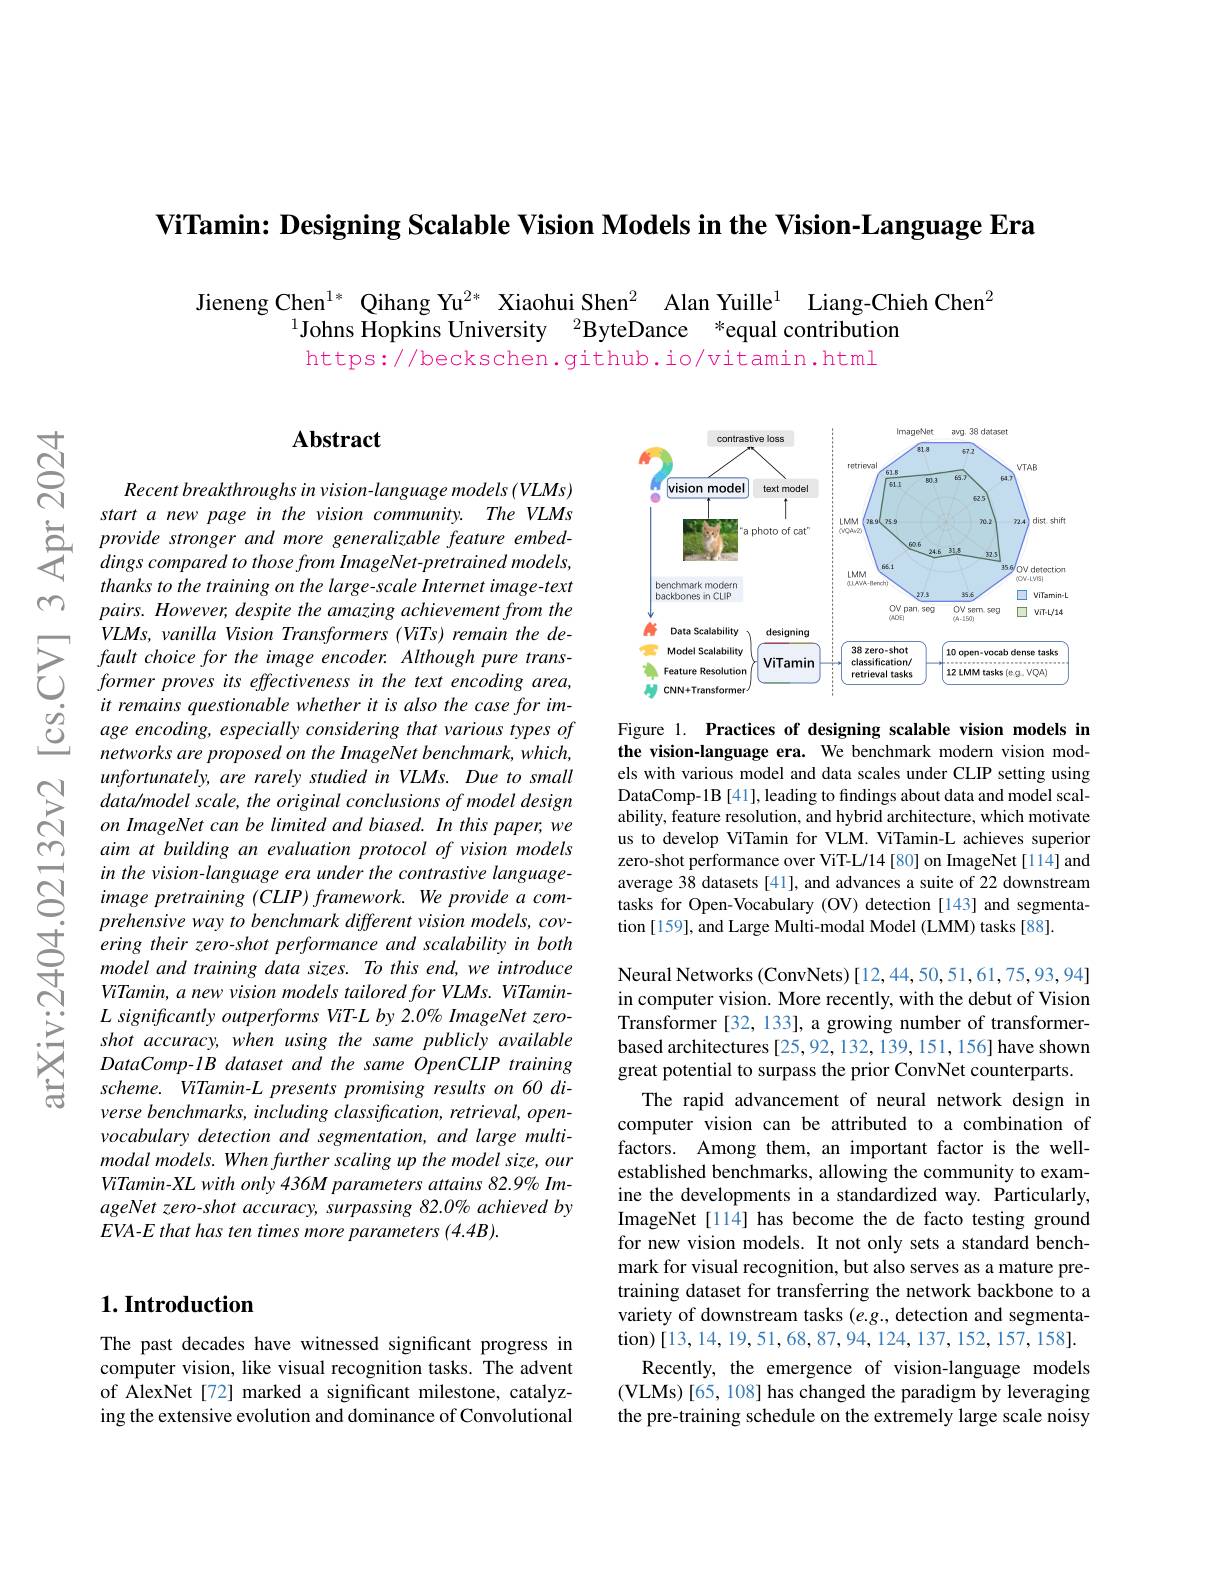
ViTamin: Designing Scalable Vision Models in the Vision-Language Era

$ন্র$

m

Jieneng Chen$^{1*}$ Qihang Yu$^{2*}$ Xiaohui Shen$^2$ Alan Yuille$^1$ Liang-Chieh Chen$^2$
$^{1}$Johns Hopkins University$\:^2$ByteDance$\:^*$equal contribution
https://beckschen.github.io/vitamin.html

## Abstract

<FigureHere>

Figure 1. Practices of designing scalable vision models in the vision-language era. We benchmark modern vision models with various model and data scales under CLIP setting using DataComp-1B [41], leading to findings about data and model scalability, feature resolution, and hybrid architecture, which motivate us to develop ViTamin for VLM. ViTamin-L achieves superior zero-shot performance over ViT-L/14 [80] on ImageNet[114] and average 38 datasets [41], and advances a suite of 22 downstream tasks for Open-Vocabulary (OV) detection [143] and segmentation [159], and Large Multi-modal Model (LMM) tasks [88].

Recent breakthroughs in vision-language models (VLMs) start a new page in the vision community. The VLMs
$\sum_{dingscomparedtothosefromImageNet-pretrainedmodels}$
thanks to the training on the large-scale Internet image- text pairs. However, despite the amazing achievement from the $VLMs,vanillaVisionTransformers(ViTs)remainthede-$
$\sum_{i=0}^{vLMs,vantla~viston~Transpormers~(WIs)~reman~the~de-~fault~choice~for~the~image~encoder.~Although~pure~trans-~former~prove~its~effectiveness~in~the~text~encoding~area,~former~pue~pre~treme~for~the~the~cas~for~im-~former~pue~for~proves~its~effect}$
age encoding, especially considering that various types of networks are proposed on the ImageNet benchmark, which, unfortunately, are rarely studied in VLMs. Due to small data/ model scale, the original conclusions of model design on ImageNet can be limited and biased. In this paper, we aim at building an evaluation protocol of vision models in the vision- language era under the contrastive languageimage pretraining (CLIP) framework. We provide a com-
$\begin{array}{lll}&\text{prehensive way to benchmark different vision models, cov-}\\\hline&\text{ering their zero-shot performance and scalability in both}\\\textcircled{+}&\text{model and training data sizes. To this end, we introduce}\\&\text{VTranin a naw uircion modals tailorad for VIMs WTamin}\end{array}$
ViTamin, a new vision models tailored for VLMs. ViTamin- $L$ significantly outperforms ViT-L by 2.0% ImageNet zeroshot accuracy, when using the same publicly available $DataComp-1B$ dataset and the same OpenCLIP training scheme. ViTamin-L presents promising results on 60 diverse benchmarks, including classification, retrieval, openvocabulary detection and segmentation, and large multimodal models. When further scaling up the model size, our ViTamin-XL with only 436M parameters attains 82.9% ImageNet zero-shot accuracy, surpassing 82.0% achieved by $EVA- E\textit{ that has ten times more parameters }( 4. 4B) .$

Neural Networks (ConvNets) [12,44,50,51,61,75,93,94] in computer vision. More recently, with the debut of Vision Transformer [32, 133], a growing number of transformerbased architectures [25,92,132,139,151,156] have shown great potential to surpass the prior ConvNet counterparts.
The rapid advancement of neural network design in computer vision can be attributed to a combination of factors. Among them, an important factor is the wellestablished benchmarks, allowing the community to examine the developments in a standardized way. Particularly, ImageNet[114] has become the de facto testing ground for new vision models. It not only sets a standard benchmark for visual recognition, but also serves as a mature pretraining dataset for transferring the network backbone to a variety of downstream tasks (e.g., detection and segmenta- $\textbf{tion) [ 13, 14, 19, 51, 68, 87, 94, 124, 137, 152, 157, 158] . }$
Recently, the emergence of vision-language models (VLMs)[65, 108] has changed the paradigm by leveraging the pre-training schedule on the extremely large scale noisy

## $1. \textbf{Introduction}$

The past decades have witnessed significant progress in computer vision, like visual recognition tasks. The advent of AlexNet[72] marked a significant milestone, catalyzing the extensive evolution and dominance of Convolutional